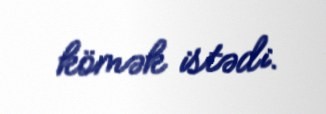
kömək istədi.